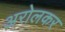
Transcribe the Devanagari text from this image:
अरोलकर